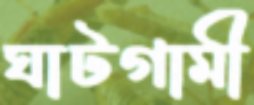
ঘাটগামী